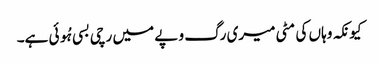
کیونکہ وہاں کی مٹی میری رگ و پے میں رچی بسی ہُوئی ہے۔